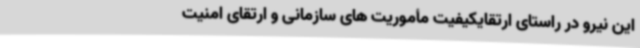
این نیرو در راستای ارتقایکیفیت مأموریت های سازمانی و ارتقای امنیت